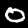
Label: 0